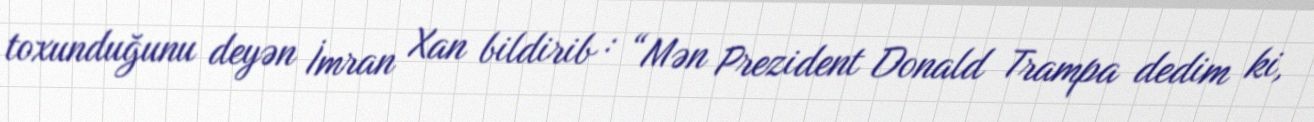
toxunduğunu deyən İmran Xan bildirib : “Mən Prezident Donald Trampa dedim ki,